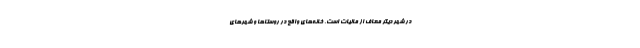
در شهر دیگر معاف از مالیات است. خانه‌های واقع در روستاها و شهرهای